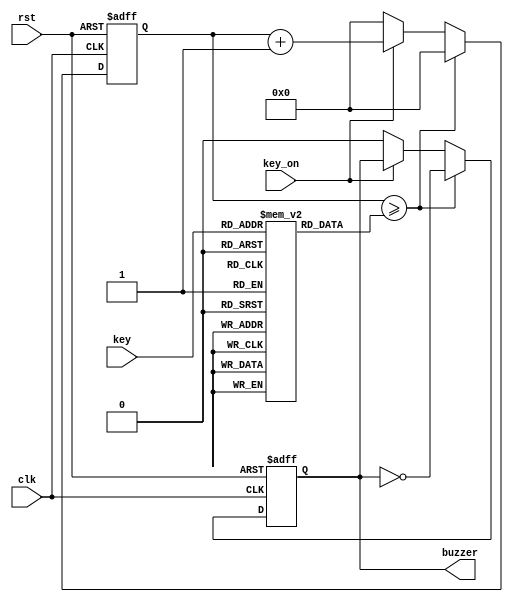
module buzzer (
    input  clk,
    input  rst,
    input key_on,
    input [4:0] key,
    output reg buzzer
);
reg [31:0] counter;
reg [31:0] freq [16:0]; 

initial begin
    freq[0] = 100000000 / 261 / 2; // C4
    freq[1] = 100000000 / 293 / 2; // D4
    freq[2] = 100000000 / 329 / 2; // E4
    freq[3] = 100000000 / 349 / 2; // F4
    freq[4] = 100000000 / 392 / 2; // G4
    freq[5] = 100000000 / 440 / 2; // A4
    freq[6] = 100000000 / 493 / 2; // B4
    freq[7] = 100000000 / 523 / 2; // C5
    freq[8] = 100000000 / 587 / 2; // D5
    freq[9] = 100000000 / 659 / 2; // E5
    freq[10] = 100000000 / 698 / 2; // F5
    freq[11] = 100000000 / 784 / 2; // G5
    freq[12] = 100000000 / 880 / 2; // A5
    freq[13] = 100000000 / 987 / 2; // B5
    freq[14] = 100000000 / 1046 / 2; // C6
    freq[15] = 100000000 / 1174 / 2; // D6
end

always @(posedge clk or posedge rst) begin
    if (rst) begin
        counter <= 0;
        buzzer <= 0;
    end else if (counter >= freq[key]) begin
        counter <= 0;
        buzzer <= ~buzzer;
    end else if(key_on)begin
        counter <= counter + 1;
    end else begin
        counter <= 0;
        buzzer <= 0;
    end
    end

endmodule